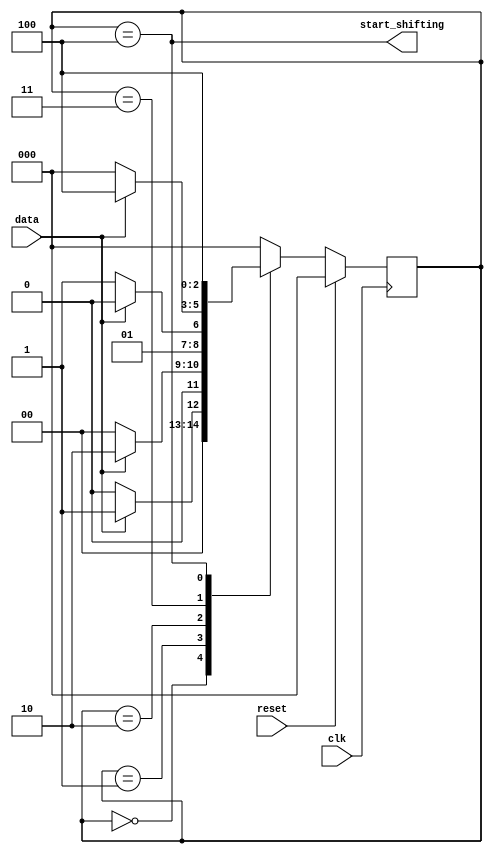
module top_module (
    input clk,
    input reset,      // Synchronous reset
    input data,
    output start_shifting);
    
    reg [2:0] state, next_state;
    
    always @(*) begin
        case(state)
            3'd0:	next_state = data? 3'd1 : 3'd0;
            3'd1:	next_state = data? 3'd2 : 3'd0;
            3'd2:	next_state = data? 3'd2 : 3'd3;
            3'd3:	next_state = data? 3'd4 : 3'd0;
            3'd4:	next_state = 3'd4;
            default:	next_state = 3'd0;
        endcase
    end
    
    always @(posedge clk) begin
        if(reset)
            state <= 3'd0;
        else
            state <= next_state;
    end
    
    assign start_shifting = (state == 3'd4);

endmodule